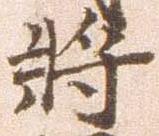
将